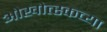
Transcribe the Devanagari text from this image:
ओखोत्स्कच्या